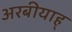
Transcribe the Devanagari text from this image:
अरबीयाह्